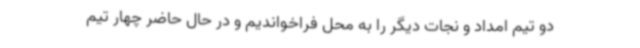
دو تیم امداد و نجات دیگر را به محل فراخواندیم و در حال حاضر چهار تیم